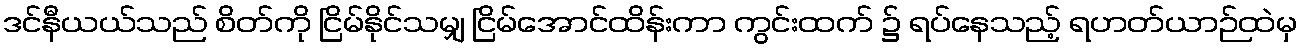
ဒင်နီယယ်သည် စိတ်ကို ငြိမ်နိုင်သမျှ ငြိမ်အောင်ထိန်းကာ ကွင်းထက် ၌ ရပ်နေသည့် ရဟတ်ယာဉ်ထဲမှ